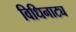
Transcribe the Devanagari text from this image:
विधिनाट्य